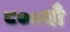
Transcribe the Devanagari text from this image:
८००वाँ